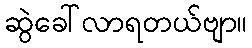
ဆွဲခေါ်လာရတယ်ဗျာ။